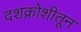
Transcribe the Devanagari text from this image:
दशक्रोशीतून